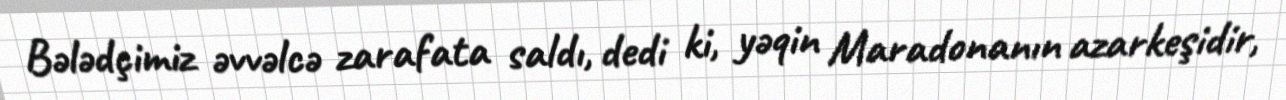
Bələdçimiz əvvəlcə zarafata saldı, dedi ki, yəqin Maradonanın azarkeşidir,